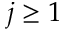
j \ge 1